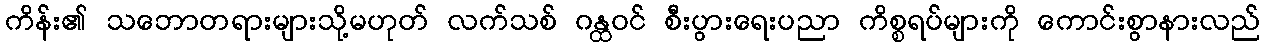
ကိန်း၏ သဘောတရားများသို့မဟုတ် လက်သစ် ဂန္ထဝင် စီးပွားရေးပညာ ကိစ္စရပ်များကို ကောင်းစွာနားလည်